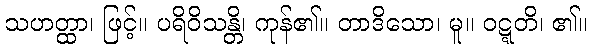
သဟတ္ထာ၊ ဖြင့်။ ပရိဝိသန္တိ၊ ကုန်၏။ တာဒိသော၊ မူ။ ဝဋ္ဋတိ၊ ၏။